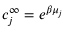
c _ { j } ^ { \infty } = e ^ { \beta \mu _ { j } }